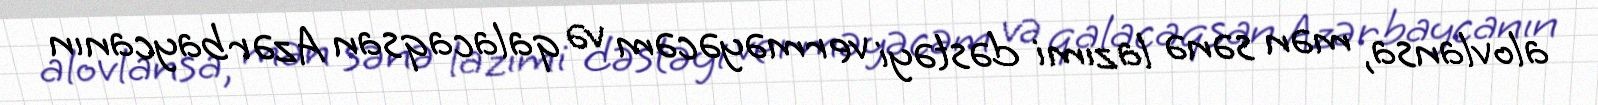
alovlansa, mən sənə lazımi dəstəyi verməyəcəm və qalacaqsan Azərbaycanın